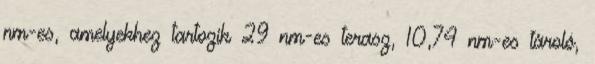
nm-es, amelyekhez tartozik 29 nm-es terasz, 10,74 nm-es tároló,